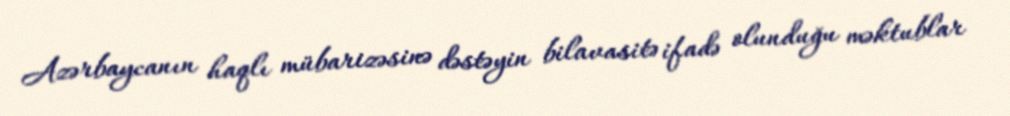
Azərbaycanın haqlı mübarizəsinə dəstəyin bilavasitə ifadə olunduğu məktublar